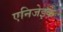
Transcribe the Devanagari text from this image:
एनिजेइक